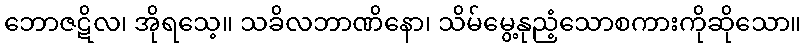
ဘောဇဋိလ၊ အိုရသေ့။ သခိလဘာဏိနော၊ သိမ်မွေ့နုညံ့သောစကားကိုဆိုသော။